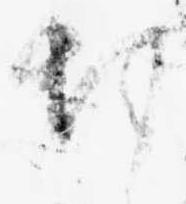
切